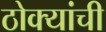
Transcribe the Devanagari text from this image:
ठोक्यांची